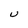
Character: U